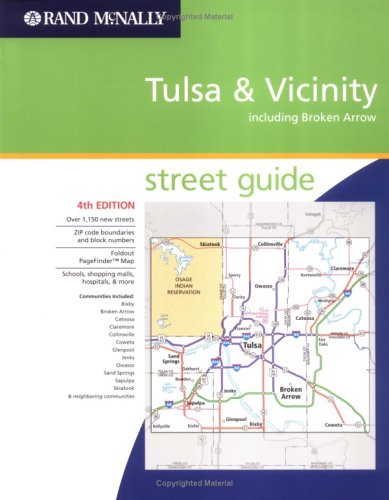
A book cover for Rand Mcnally Atlas Tulsa & Broken Arrow, Oklahoma; Rand McNally and Company; Travel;